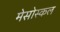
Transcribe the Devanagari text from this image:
मेसोस्कल